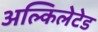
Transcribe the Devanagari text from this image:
अल्किलेटेड